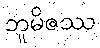
ဘူမိဇဿ